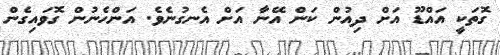
ގޮތަކީ އައްޑޫ އަށް ދިއުން ކަން އޭނާ އަށް އެނގުނެވެ. އަންހެނުން ގޮވައިގެން